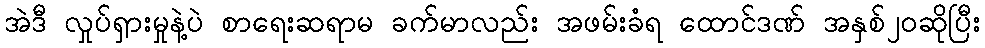
အဲဒီ လှုပ်ရှားမှုနဲ့ပဲ စာရေးဆရာမ ခက်မာလည်း အဖမ်းခံရ ထောင်ဒဏ် အနှစ်၂၀ဆိုပြီး